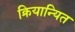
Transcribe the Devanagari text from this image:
क्रियान्यित